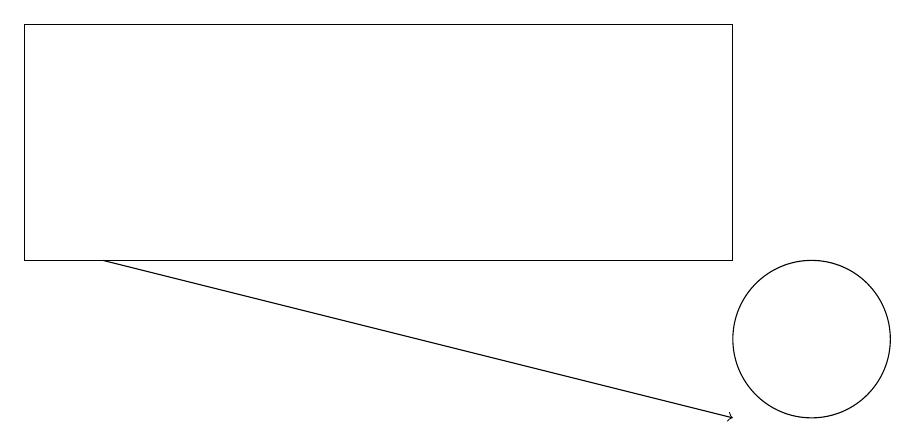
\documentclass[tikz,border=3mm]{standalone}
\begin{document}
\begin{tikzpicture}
\draw[->] (1,12) -- (9,10);
\draw (0,12) rectangle (9,15);
\draw (10,11) circle (1);
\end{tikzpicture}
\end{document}